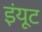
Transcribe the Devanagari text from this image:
इंयूट